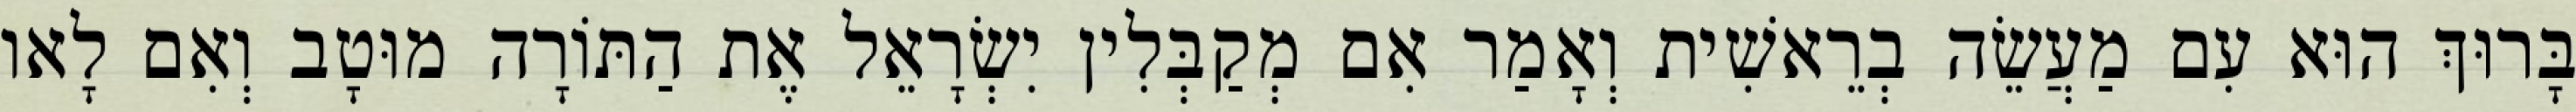
בָּרוּךְ הוּא עִם מַעֲשֵׂה בְרֵאשִׁית וְאָמַר אִם מְקַבְּלִין יִשְׂרָאֵל אֶת הַתּוֹרָה מוּטָב וְאִם לָאו